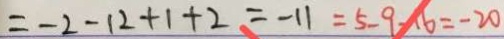
= - 2 - 1 2 + 1 + 2 = - 1 1 = 5 - 9 - 1 6 = - 2 0